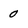
Character: 0